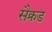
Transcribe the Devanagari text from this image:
सैक्रड